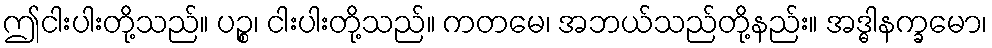
ဤငါးပါးတို့သည်။ ပဉ္စ၊ ငါးပါးတို့သည်။ ကတမေ၊ အဘယ်သည်တို့နည်း။ အဒ္ဓါနက္ခမော၊